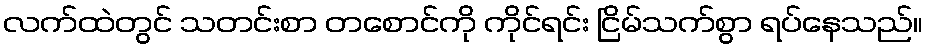
လက်ထဲတွင် သတင်းစာ တစောင်ကို ကိုင်ရင်း ငြိမ်သက်စွာ ရပ်နေသည်။